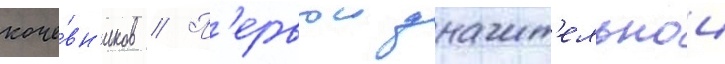
коче́вн'иков // П'ервои значит'ельнои